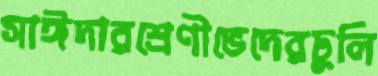
সাঈদারশ্রেণীভেদেরঢুলি